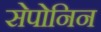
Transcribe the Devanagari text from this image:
सेपोनिन